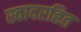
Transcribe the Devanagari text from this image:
स्वादरहित